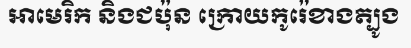
អាមេរិក និងជប៉ុន ក្រោយកូរ៉េខាងត្បូង